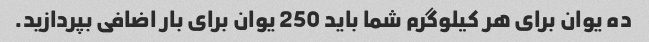
ده یوان برای هر کیلوگرم شما باید 250 یوان برای بار اضافی بپردازید.